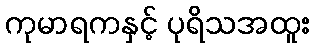
ကုမာရကနှင့် ပုရိသအထူး